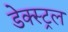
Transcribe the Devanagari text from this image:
डेक्स्ट्रल